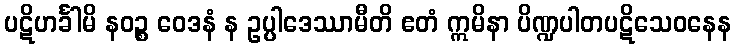
ပဋိဟင်္ခါမိ နဝဉ္စ ဝေဒနံ န ဥပ္ပါဒေဿာမီတိ ဧတံ ဣမိနာ ပိဏ္ဍပါတပဋိသေဝနေန